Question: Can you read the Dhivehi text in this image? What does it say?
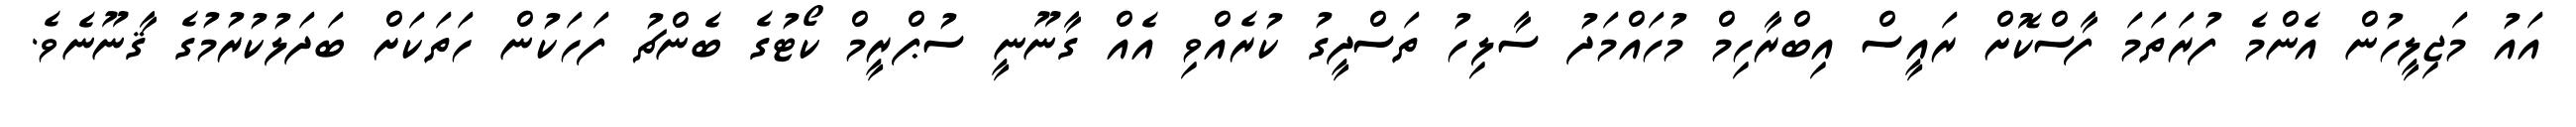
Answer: އައު މަޖިލީހުން އެންމެ ފުރަތަމަ ފާސްކޮށް ރައީސް އިބްރާހިމް މުހައްމަދު ސާލިހު ތަސްދީގު ކުރެއްވި އެއް ގާނޫނީ ސުޕްރީމް ކޯޓުގެ ބެންޗު ފަހަކުން ހަތަކަށް ބަދަލުކުރުމުގެ ޤާނޫނެވެ.